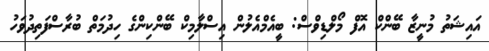
އައިޝަތު މުނީޒާ ބޭންކް އޮފް މޯލްޑިވްސް: ބީއެމްއެލުން އިސްލާމިކް ބޭންކިންގެ ހިދުމަތް ބުރާސްފަތިދުވަހު